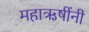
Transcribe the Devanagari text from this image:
महाऋषींनी